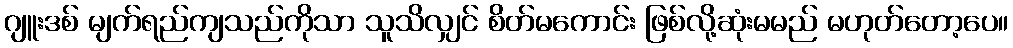
ဂျူးဒစ် မျက်ရည်ကျသည်ကိုသာ သူသိလျှင် စိတ်မကောင်း ဖြစ်လို့ဆုံးမမည် မဟုတ်တော့ပေ။